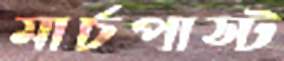
মার্চপাস্ট